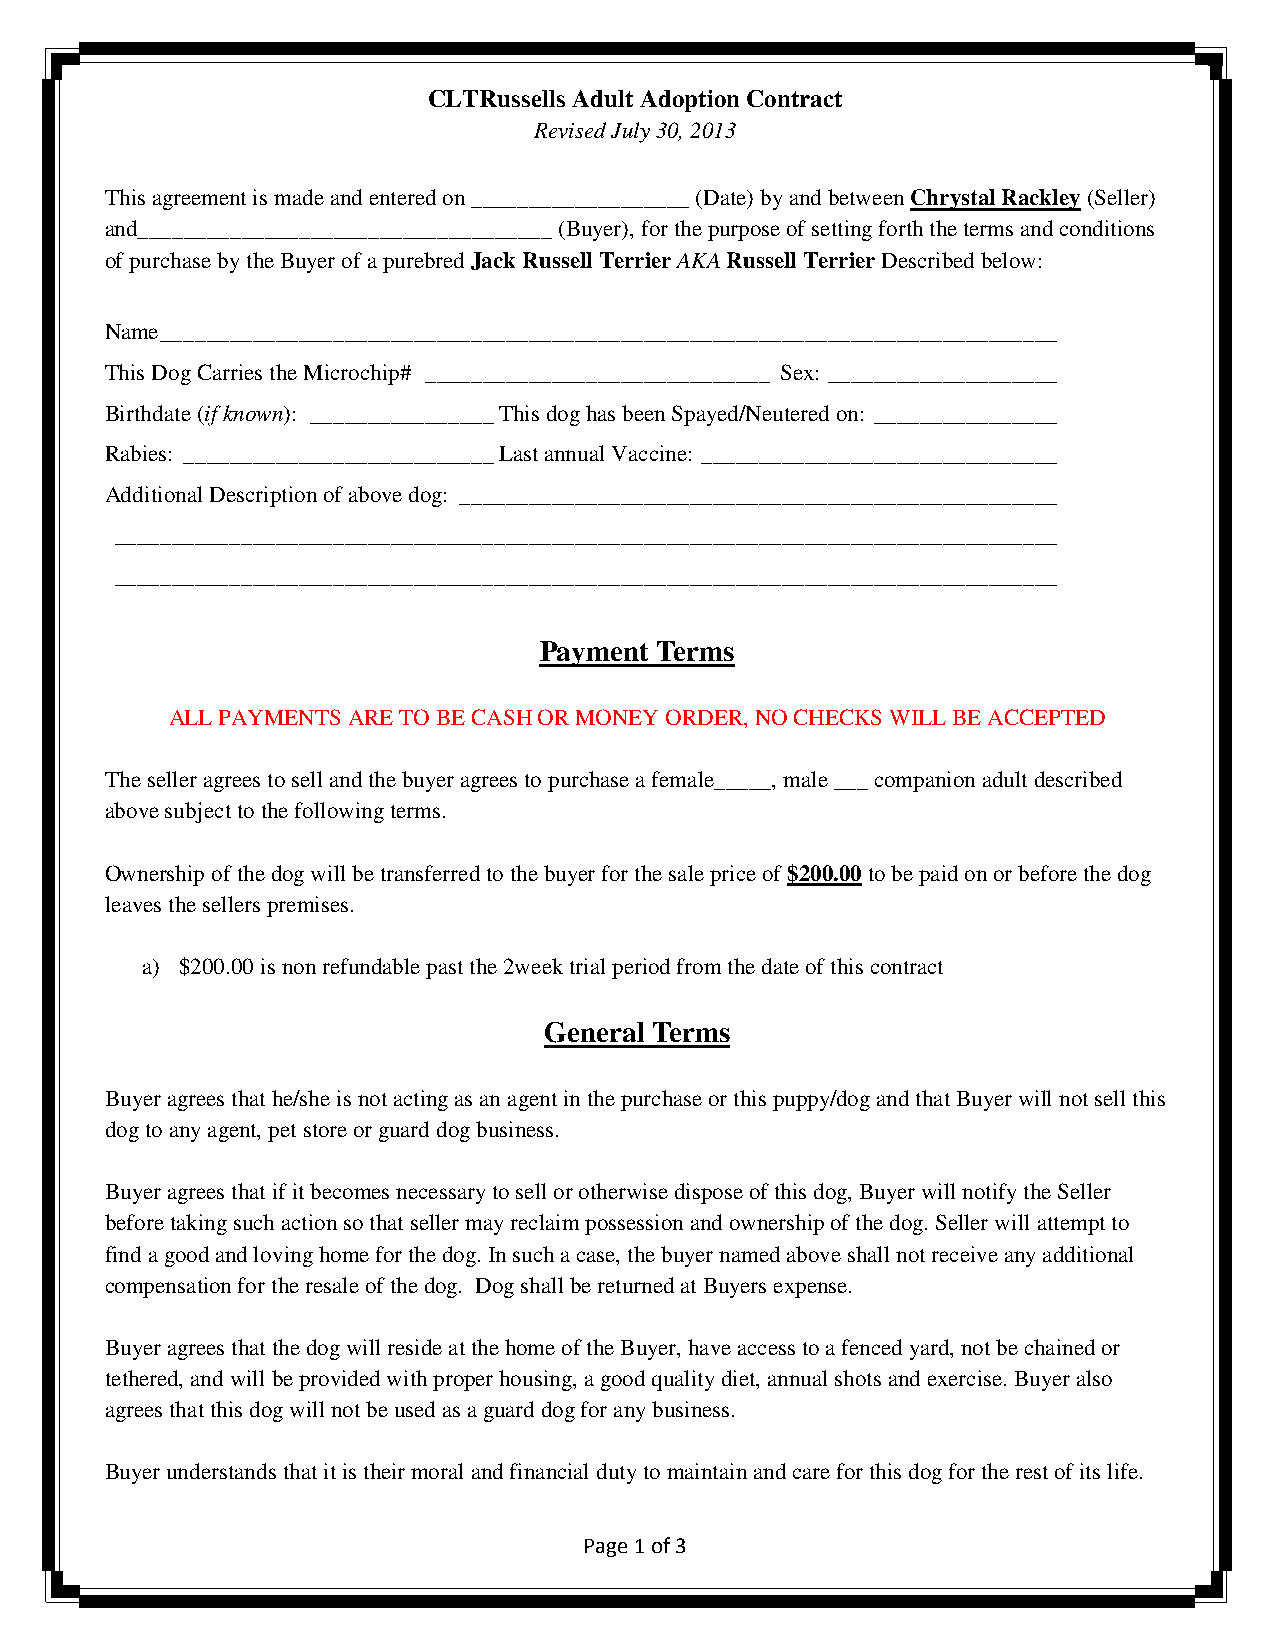
CLTRussells Adult Adoption Contract
 Revised July 30, 2013
 This agreement is made and entered on ___________________ (Date) by and between Chrystal Rackley (Seller)
 and____________________________________ (Buyer), for the purpose of setting forth the terms and conditions
 of purchase by the Buyer of a purebred Jack Russell Terrier AKA Russell Terrier Described below:
 Name______________________________________________________________________________
 This Dog Carries the Microchip# ______________________________ Sex: ____________________
 Birthdate (if known): ________________This dog has been Spayed/Neutered on: ________________
 Rabies: ___________________________Last annual Vaccine: _______________________________
 Additional Description of above dog: ____________________________________________________
 __________________________________________________________________________________
 __________________________________________________________________________________
 Payment Terms
 ALL PAYMENTS ARE TO BE CASH OR MONEY ORDER, NO CHECKS WILL BE ACCEPTED
 The seller agrees to sell and the buyer agrees to purchase a female_____, male ___ companion adult described
 above subject to the following terms.
 Ownership of the dog will be transferred to the buyer for the sale price of $200.00 to be paid on or before the dog
 leaves the sellers premises.
 a) $200.00 is non refundable past the 2week trial period from the date of this contract
 General Terms
 Buyer agrees that he/she is not acting as an agent in the purchase or this puppy/dog and that Buyer will not sell this
 dog to any agent, pet store or guard dog business.
 Buyer agrees that if it becomes necessary to sell or otherwise dispose of this dog, Buyer will notify the Seller
 before taking such action so that seller may reclaim possession and ownership of the dog. Seller will attempt to
 find a good and loving home for the dog. In such a case, the buyer named above shall not receive any additional
 compensation for the resale of the dog. Dog shall be returned at Buyers expense.
 Buyer agrees that the dog will reside at the home of the Buyer, have access to a fenced yard, not be chained or
 tethered, and will be provided with proper housing, a good quality diet, annual shots and exercise. Buyer also
 agrees that this dog will not be used as a guard dog for any business.
 Buyer understands that it is their moral and financial duty to maintain and care for this dog for the rest of its life.
 Page 1 of 3